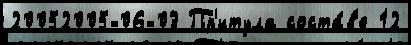
20052005-06-03 Пр'итула соста́в'е 12